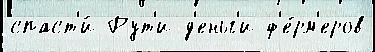
спаст'и́ Рут'и д'еньг'и ф'е́рм'еров